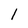
Character: 1